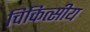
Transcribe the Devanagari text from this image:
चिकित्‍सीय